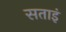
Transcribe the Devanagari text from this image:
सताइं